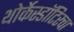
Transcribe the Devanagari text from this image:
थोर्केस्डॉटिरचा